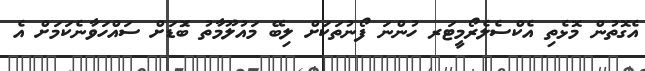
އެގޮތުން މޮޅެތި އެކްސެލެރޯމީޓަރ ހުންނަ ފޯނުތަކަށް ލިބޭ މައުލޫމާތު ބޮަޑަށް ސައްހަވާނެކަމަށް އެ